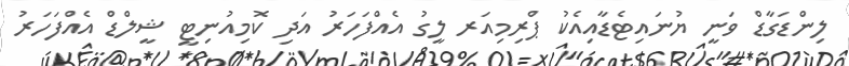
ލިންޑަގާޑް ވަނީ ޔުނައިޓެޑާއިއެކު ޕްރިމިއަރ ލީގު އެއްފަހަރު އަދި ކޮމިއުނިޓީ ޝީލްޑް އެއްފަހަރު